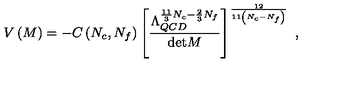
V \left( M \right) = - C \left( N _ { c } , N _ { f } \right) \left[ \frac { \Lambda _ { Q C D } ^ { \frac { 1 1 } { 3 } N _ { c } - \frac { 2 } { 3 } N _ { f } } } { \mathrm { d e t } M } \right] ^ { \frac { 1 2 } { 1 1 \left( N _ { c } - N _ { f } \right) } } \ ,